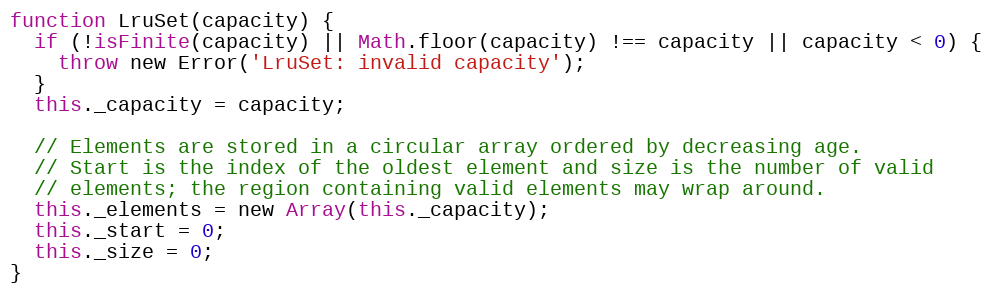
Language: JavaScript
function LruSet(capacity) {
  if (!isFinite(capacity) || Math.floor(capacity) !== capacity || capacity < 0) {
    throw new Error('LruSet: invalid capacity');
  }
  this._capacity = capacity;

  // Elements are stored in a circular array ordered by decreasing age.
  // Start is the index of the oldest element and size is the number of valid
  // elements; the region containing valid elements may wrap around.
  this._elements = new Array(this._capacity);
  this._start = 0;
  this._size = 0;
}